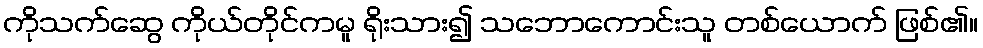
ကိုသက်ဆွေ ကိုယ်တိုင်ကမူ ရိုးသား၍ သဘောကောင်းသူ တစ်ယောက် ဖြစ်၏။